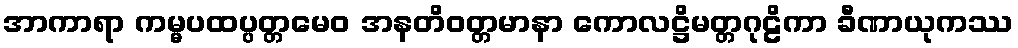
အာကာရာ ကမ္မပထပ္ပတ္တမေဝ အနတိဝတ္တမာနာ ကောလဋ္ဌိမတ္တဂုဠိကာ ခီဏာယုကဿ